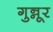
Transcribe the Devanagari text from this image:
गुन्नूर